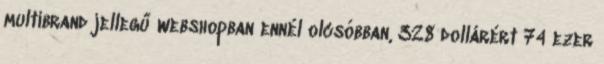
multibrand jellegű webshopban ennél olcsóbban, 328 dollárért 74 ezer